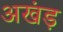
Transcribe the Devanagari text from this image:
अखंड़